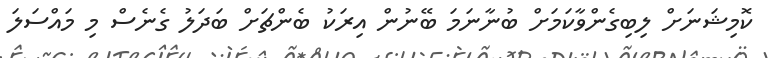
ކޮމިޝަނަށް ލިބިގެންވާކަމަށް ބުނާނަމަ ބޭނުން އިރަކު ބެންޗަށް ބަދަލު ގެނެސް މި މައްސަލަ